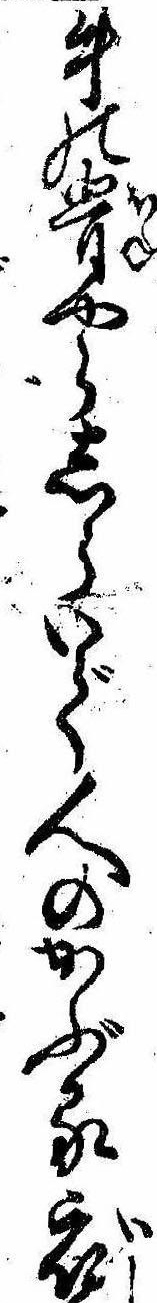
牛の骨やらしらいで人のかぶる衣